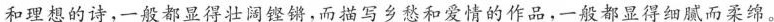
和理想的诗，一般都显得壮同铿锵，而描写乡愁和爱情的作品，一般都显得细腻而柔绵。